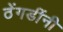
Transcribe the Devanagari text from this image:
ठेंगडींनी